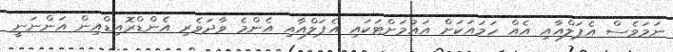
ނަމަވެސް އެޕަލްއާއި އެއް ހަމައަކަށް އައުމަށްޓަކައި އެޕަލްއާއި އެންމެ ވާދަވެރި އެންޑްރޮއިޑްއިން އަންނަނީ